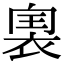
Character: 𧚡